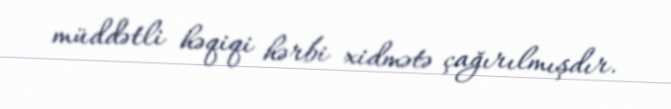
müddətli həqiqi hərbi xidmətə çağırılmışdır.